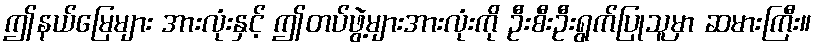
ဤနယ်မြေများ အားလုံးနှင့် ဤတပ်ဖွဲ့များအားလုံးကို ဦးစီးဦးရွက်ပြုသူမှာ ဆမားကြီး။